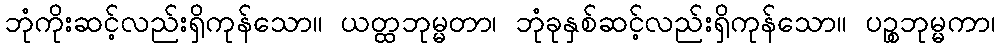
ဘုံကိုးဆင့်လည်းရှိကုန်သော။ ယတ္ထဘုမ္မတာ၊ ဘုံခုနှစ်ဆင့်လည်းရှိကုန်သော။ ပဉ္စဘုမ္မကာ၊